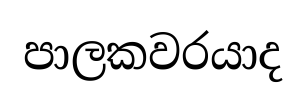
පාලකවරයාද